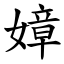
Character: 嫜